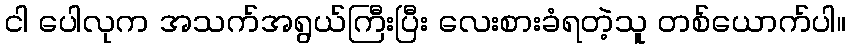
ငါ ပေါလုက အသက်အရွယ်ကြီးပြီး လေးစားခံရတဲ့သူ တစ်ယောက်ပါ။